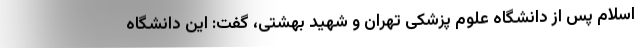
اسلام پس از دانشگاه علوم پزشکی تهران و شهید بهشتی، گفت: این دانشگاه